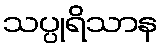
သပ္ပုရိသာန